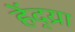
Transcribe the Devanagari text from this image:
हेंद्य्रा